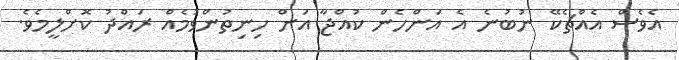
އެވެސް އެއްޗެކޭ ނުބުނެ އެ އަންހެން ކުއްޖާ އަށް ހިނިތުންވުމެއް ރައްދު ކޮށްލީމެވެ.